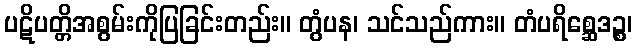
ပဋိပတ္တိအစွမ်းကိုပြခြင်းတည်း။ တွံပန၊ သင်သည်ကား။ တံပရိစ္ဆေဒဉ္စ၊